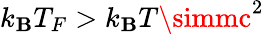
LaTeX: k_{\mathbf{B}}T_{F}>k_{\mathbf{B}}T\simmc^{2}